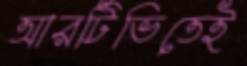
আরটিভিতেই